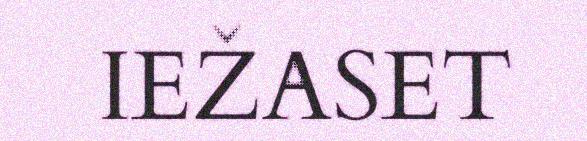
IEŽASET